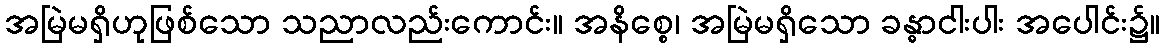
အမြဲမရှိဟုဖြစ်သော သညာလည်းကောင်း။ အနိစ္စေ၊ အမြဲမရှိသော ခန္ဓာငါးပါး အပေါင်း၌။